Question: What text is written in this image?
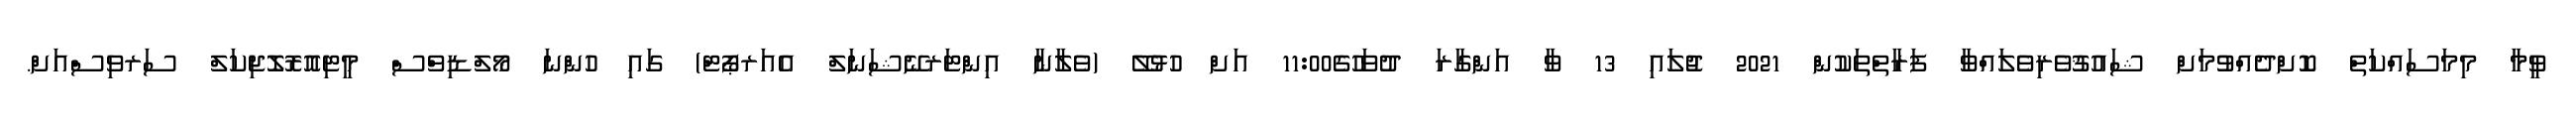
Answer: ވީމާ މިމަސައްކަތް ކޮށްދެއްވުމަށް ޝައުޤުވެރިވެލައްވާ ފަރާތްތަކުން 2021 ޖުލައި 13 ވާ އަންގާރަ ދުވަހުގެ11:00 އަށް ހުޅުލޭ (ވެލާނާ އިންޓަރނޭޝަނަލް އެއަރޕޯޓް) ގައި ހުންނަ މޯލްޑިވްސް މީޓިއޮރޮލޮޖިކަލް ސަރވިސްއަށް.